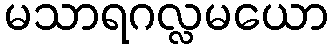
မသာရဂလ္လမယော